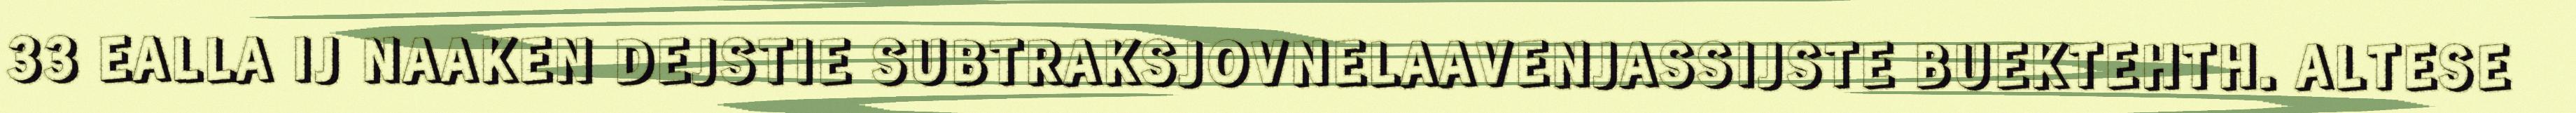
33 EALLA IJ NAAKEN DEJSTIE SUBTRAKSJOVNELAAVENJASSIJSTE BUEKTEHTH. ALTESE